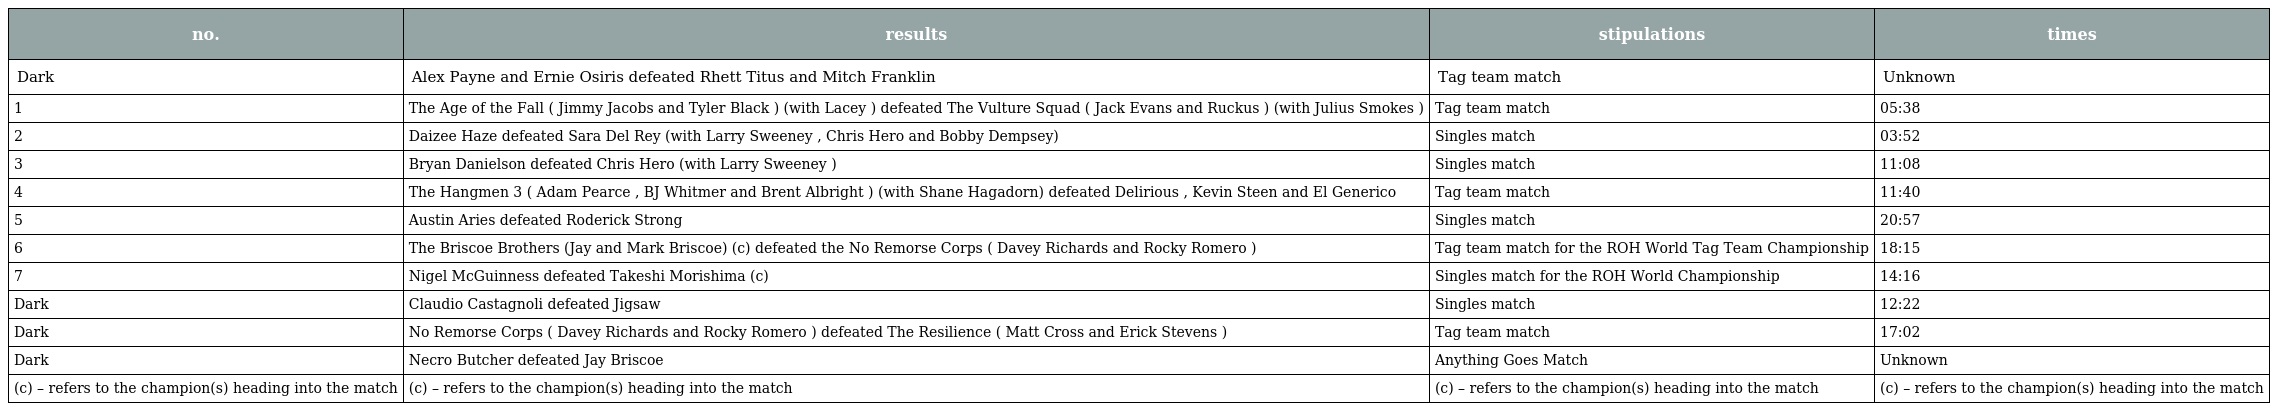
| no. | results | stipulations | times |
 | --- | --- | --- | --- |
 | Dark | Alex Payne and Ernie Osiris defeated Rhett Titus and Mitch Franklin | Tag team match | Unknown |
 | 1 | The Age of the Fall ( Jimmy Jacobs and Tyler Black ) (with Lacey ) defeated The Vulture Squad ( Jack Evans and Ruckus ) (with Julius Smokes ) | Tag team match | 05:38 |
 | 2 | Daizee Haze defeated Sara Del Rey (with Larry Sweeney , Chris Hero and Bobby Dempsey) | Singles match | 03:52 |
 | 3 | Bryan Danielson defeated Chris Hero (with Larry Sweeney ) | Singles match | 11:08 |
 | 4 | The Hangmen 3 ( Adam Pearce , BJ Whitmer and Brent Albright ) (with Shane Hagadorn) defeated Delirious , Kevin Steen and El Generico | Tag team match | 11:40 |
 | 5 | Austin Aries defeated Roderick Strong | Singles match | 20:57 |
 | 6 | The Briscoe Brothers (Jay and Mark Briscoe) (c) defeated the No Remorse Corps ( Davey Richards and Rocky Romero ) | Tag team match for the ROH World Tag Team Championship | 18:15 |
 | 7 | Nigel McGuinness defeated Takeshi Morishima (c) | Singles match for the ROH World Championship | 14:16 |
 | Dark | Claudio Castagnoli defeated Jigsaw | Singles match | 12:22 |
 | Dark | No Remorse Corps ( Davey Richards and Rocky Romero ) defeated The Resilience ( Matt Cross and Erick Stevens ) | Tag team match | 17:02 |
 | Dark | Necro Butcher defeated Jay Briscoe | Anything Goes Match | Unknown |
 | (c) – refers to the champion(s) heading into the match | (c) – refers to the champion(s) heading into the match | (c) – refers to the champion(s) heading into the match | (c) – refers to the champion(s) heading into the match |